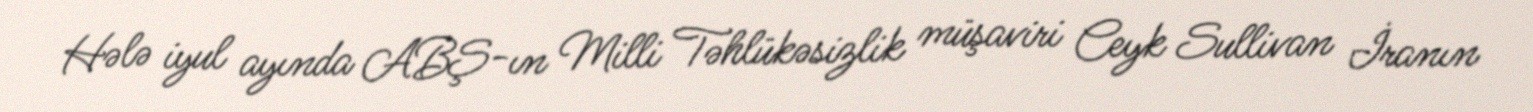
Hələ iyul ayında ABŞ-ın Milli Təhlükəsizlik müşaviri Ceyk Sullivan İranın